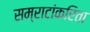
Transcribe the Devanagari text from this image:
सम्राटांकरिता